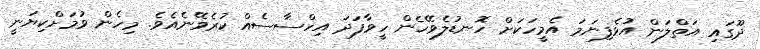
ދޫގައި އަތްލަން އުޅެފިނަމަ އެމީހަކަށް ހޮނޑުލެވޭހެން ހީވާފަދަ އިހްސާސެއް ކުރެވޭނެއެވެ. މިހެން ވުމަށްކިޔަނީ